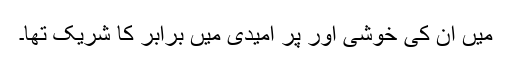
میں ان کی خوشی اور پر امیدی میں برابر کا شریک تھا۔